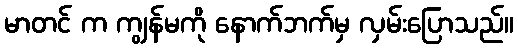
မာတင် က ကျွန်မကို နောက်ဘက်မှ လှမ်းပြောသည်။